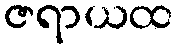
ဇရာယထ